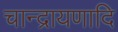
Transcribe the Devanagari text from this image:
चान्द्रायणादि